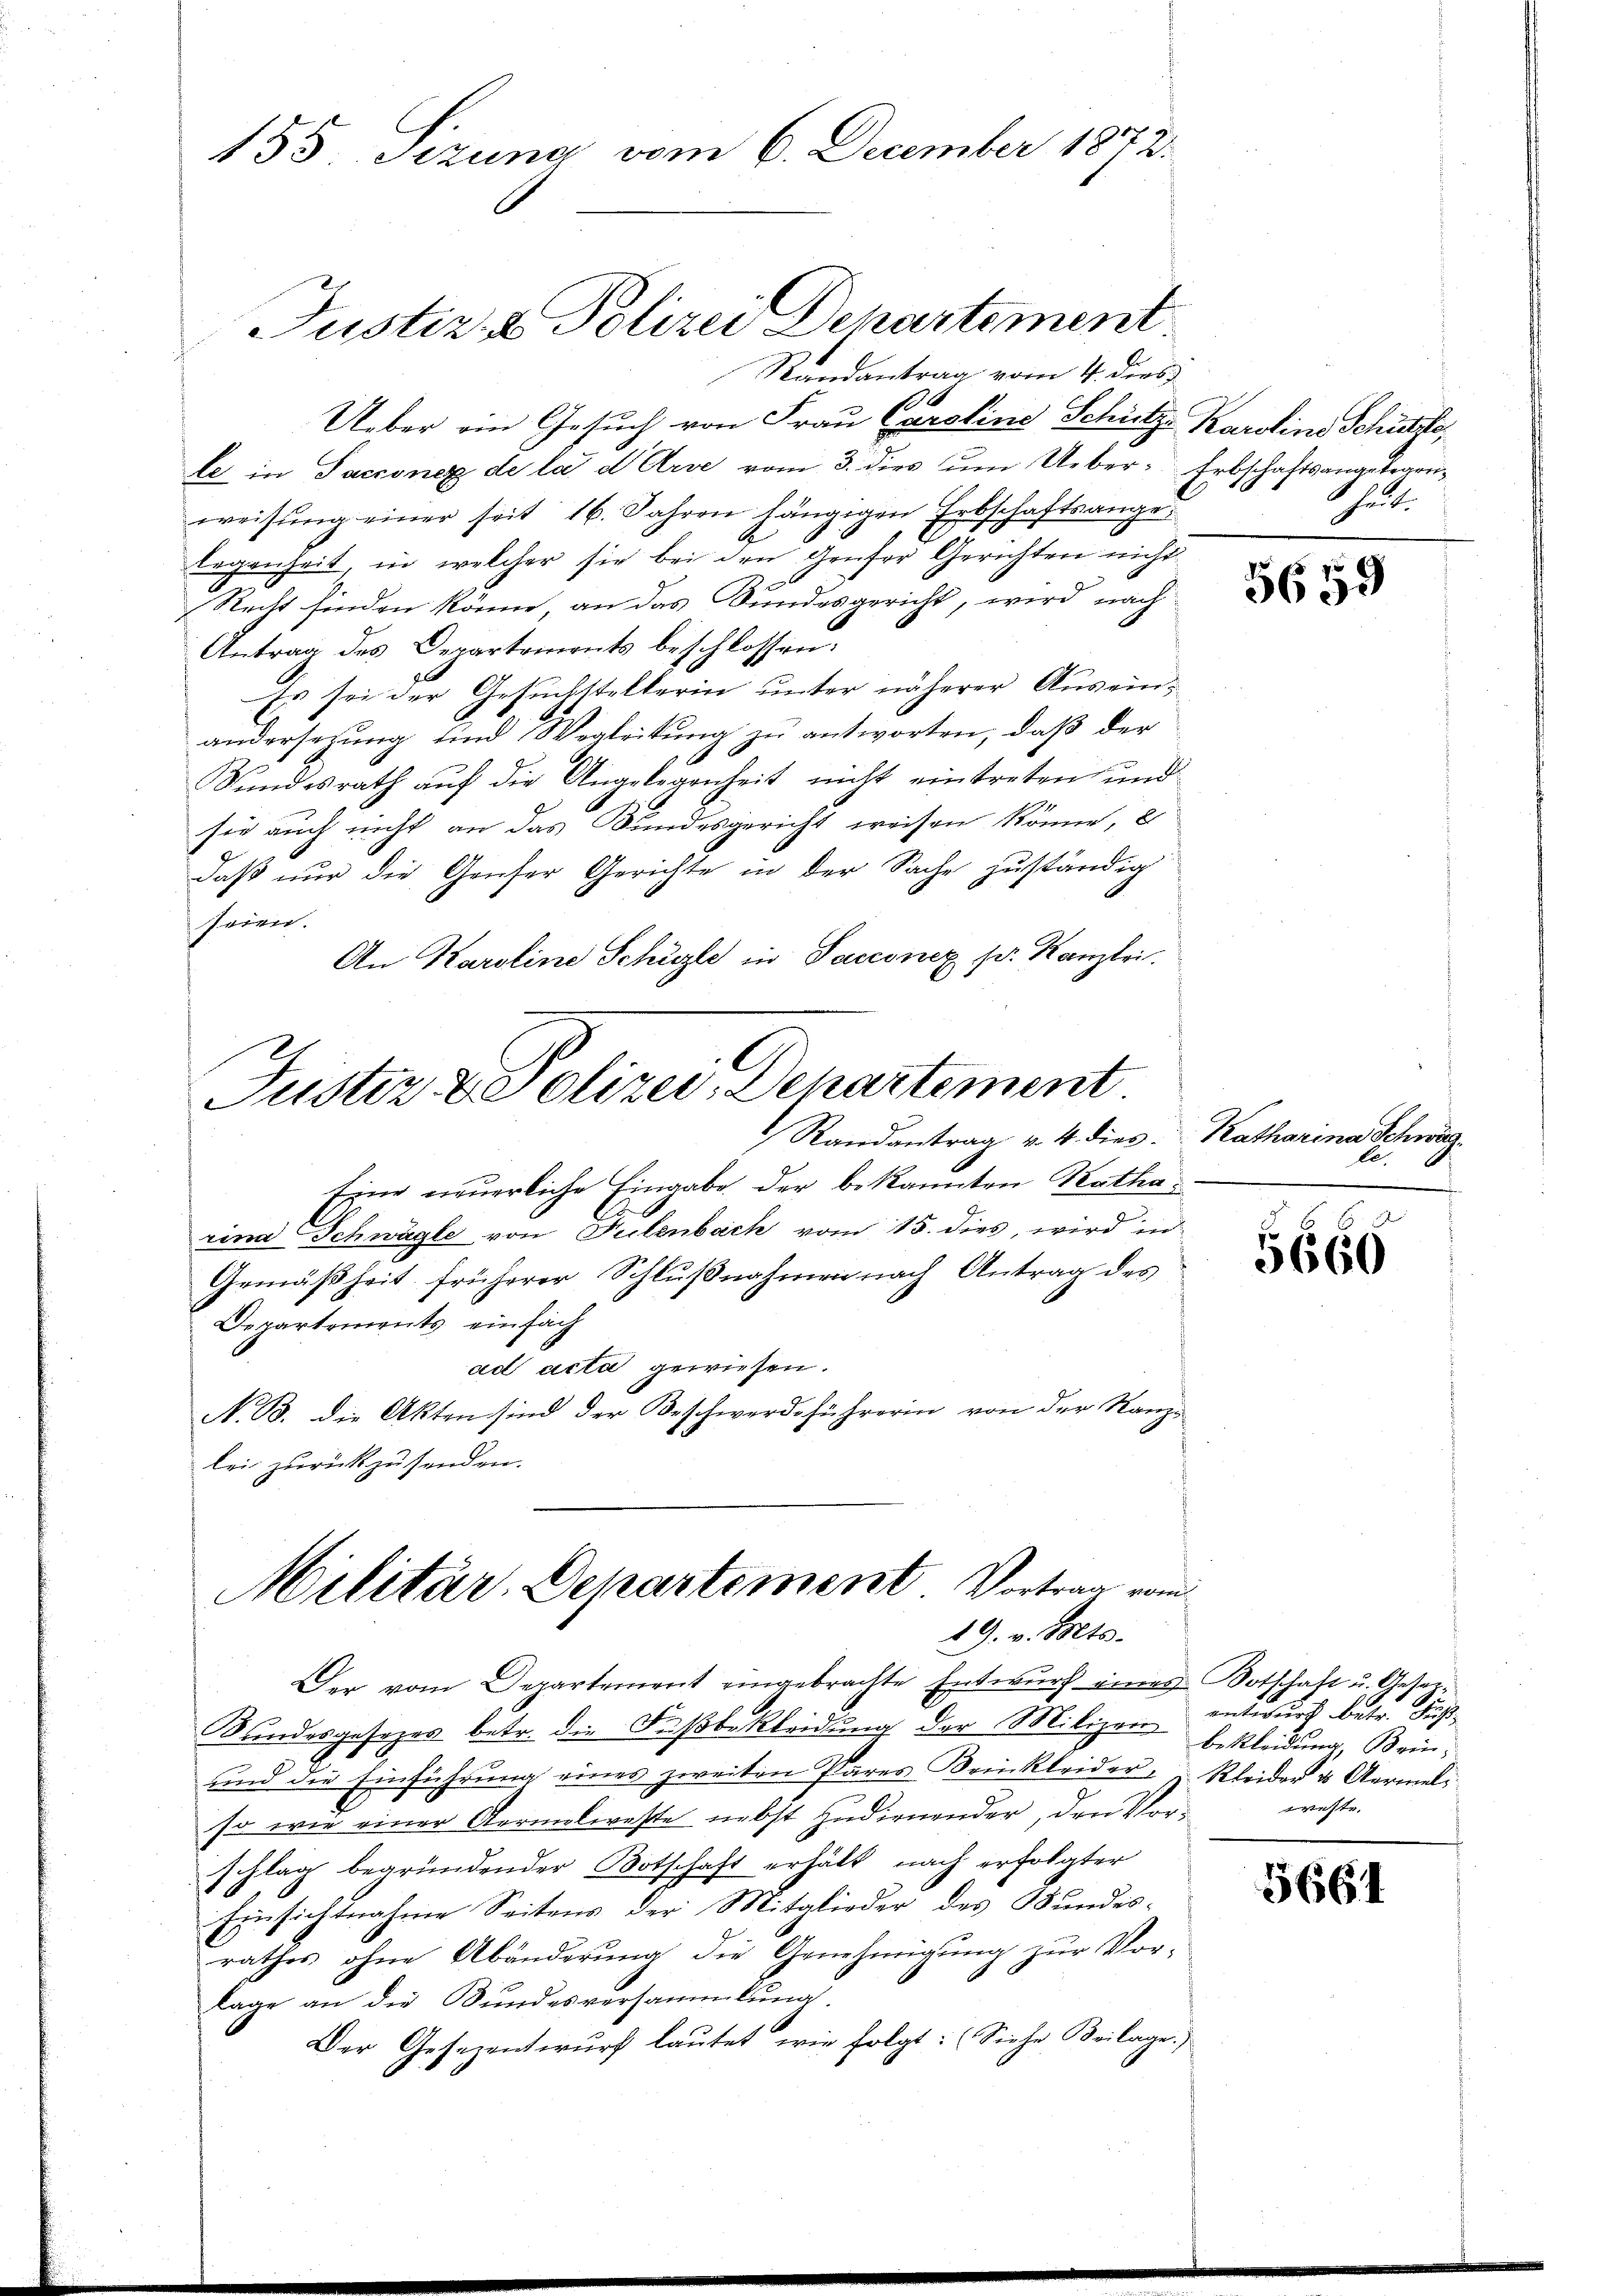
Ueber ein Gesuch von Frau Caroline Schütz Karolins Schürfe,
le in Sacconez de la d Arie vom 3. dies um Ueber- Erbschaftsangelegenweisŭng einer seit 16. Jahren hängigen Erbschaftsangelegenheit, in welcher sie bei den Genfer Gerichten nicht
Recht finden könne, an das Bundesgericht, wird nach
Antrag des Departements beschlossen:
Es sei der Gesuchstellerin unter näherer Auseinandersetzung sind Wegleitung zu antworten, daß der
Bundesrath auf die Angelegenheit nicht eintreten, und
sie auch nicht an das Bundesgericht weisen könne, e
daß nur die Gruser Gerichte in der Sache zuständig
seien.
An Karoline Schüzte in Sacconez pr. Kanzlei.

155. Sizung vom 6. December 1872.

Justiz- & Polizei Departement
Randantrag vom 4. dies

Justiz & Polizei Departement
Randantrag v. 4. dies. Katharina Schweiz¬

Eine neuerliche Eingabe der bekannten Katharina Schwägle von Fulenbach vom 15. dies, wird in
Gemäßheit früherer Schlŭβnahmen nach Antrag des
Departements einfach
ad acta gewiesen.
N. B. die Akten sind der Beschwerdeführerin von der Kanze
lei zurückzusenden.

Der vom Departement eingebrachte Entwurf eines Botschaft u. Geser¬
Bundesgesezes betr. die Fußbekleidung der Milizei
und die Einführung eines zweiten Pares Krinkleider, Kleider u. Aermelso wie einer Germalweste nebst zudienender, den Vorschlag begründender Botschaft erhält nach erfolgter
Einsichtnahme Seitens der Mitglieder des Bundesrathes ohne Abänderung die Genehmigung zur Vor-
lage an die Bundesversammlung.
Der Gesezentwurf lautet, wie folgt: (Siehe Beilage.

Scheide

Militär, Departement Vortrag vom
19. v. Mts.

5659

5666

antwurf betr. Fußbekleidung sein,
weste.

5664